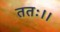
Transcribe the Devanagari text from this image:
ततः।।